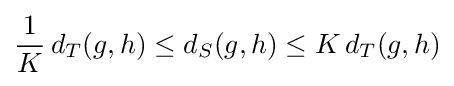
{\frac {1}{K}}\,d_{T}(g,h)\leq d_{S}(g,h)\leq K\,d_{T}(g,h)